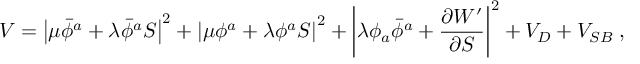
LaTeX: V = \left\vert \mu \bar { \phi } ^ { a } + \lambda \bar { \phi } ^ { a } S \right\vert ^ { 2 } + \left\vert \mu \phi ^ { a } + \lambda \phi ^ { a } S \right\vert ^ { 2 } + \left\vert \lambda \phi _ { a } \bar { \phi } ^ { a } + \frac { \partial W ^ { \prime } } { \partial S } \right\vert ^ { 2 } + V _ { D } + V _ { S B } \; ,